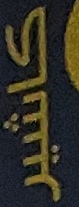
كاشير